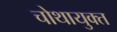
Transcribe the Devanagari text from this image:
चोथायुक्त